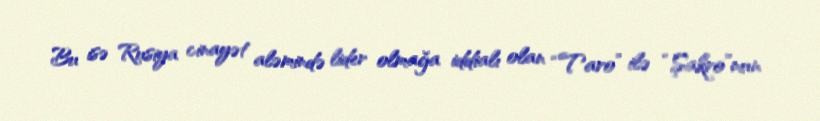
Bu isə Rusiya cinayət aləmində lider olmağa iddialı olan “Taro” ilə “Şakro”nun